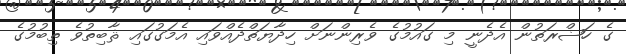
ގެ ހަޟްރަތުން އެދެނީ މި ގައުމުގެ ވެރިންނަށް ހިދާޔަތްދެއްވައި އެމަގުގައި ޘާބިތުވެ ތިބުމުގެ